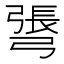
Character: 𢐓